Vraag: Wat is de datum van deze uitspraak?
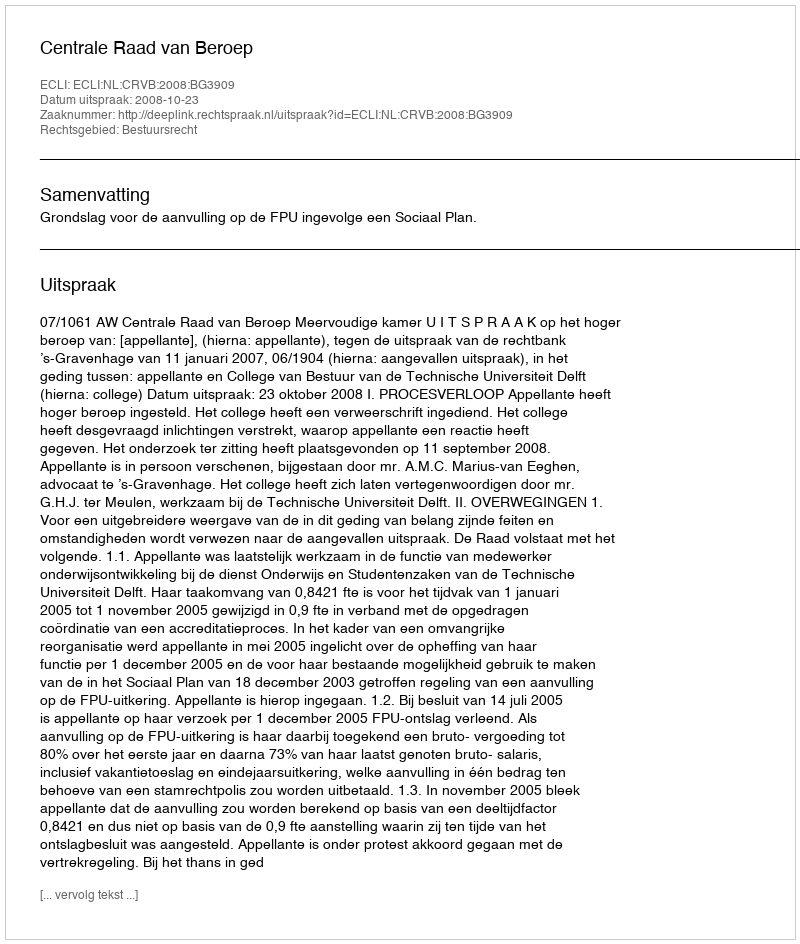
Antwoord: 2008-10-23